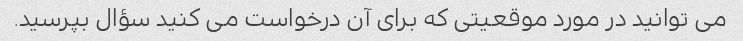
می توانید در مورد موقعیتی که برای آن درخواست می کنید سؤال بپرسید.